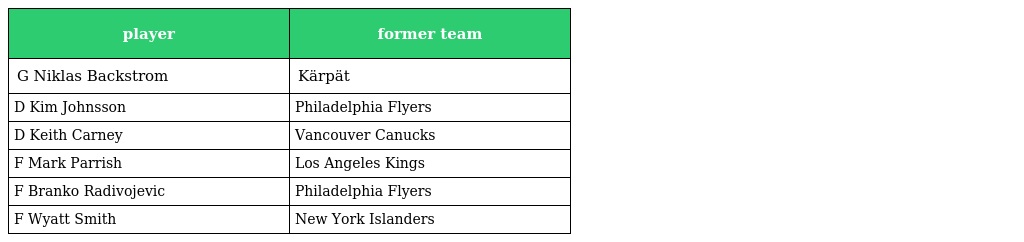
| player | former team |
 | --- | --- |
 | G Niklas Backstrom | Kärpät |
 | D Kim Johnsson | Philadelphia Flyers |
 | D Keith Carney | Vancouver Canucks |
 | F Mark Parrish | Los Angeles Kings |
 | F Branko Radivojevic | Philadelphia Flyers |
 | F Wyatt Smith | New York Islanders |